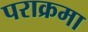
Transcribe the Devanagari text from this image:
पराक्रमा